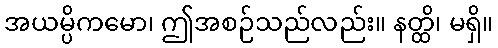
အယမ္ပိကမော၊ ဤအစဉ်သည်လည်း။ နတ္ထိ၊ မရှိ။